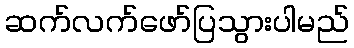
ဆက်လက်ဖော်ပြသွားပါမည်